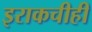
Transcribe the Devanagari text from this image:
इराकचीही